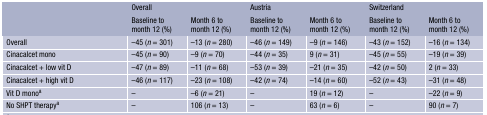
| <ROWSPAN=2>  | <COLSPAN=2> Overall | <COLSPAN=2> Austria | <COLSPAN=2> Switzerland |
 | Baseline to month 12 (%) | Month 6 to month 12 (%) | Baseline to month 12 (%) | Month 6 to month 12 (%) | Baseline to month 12 (%) | Month 6 to month 12 (%) |
 | --- | --- | --- | --- | --- | --- | --- |
 | Overall | −45 (n = 301) | −13 (n = 280) | −46 (n = 149) | −9 (n = 146) | −43 (n = 152) | −16 (n = 134) |
 | Cinacalcet mono | −45 (n = 90) | −9 (n = 70) | −44 (n = 35) | 9 (n = 31) | −45 (n = 55) | −19 (n = 39) |
 | Cinacalcet + low vit D | −47 (n = 89) | −11 (n = 68) | −53 (n = 39) | −21 (n = 35) | −42 (n = 50) | 2 (n = 33) |
 | Cinacalcet + high vit D | −46 (n = 117) | −23 (n = 108) | −42 (n = 74) | −14 (n = 60) | −52 (n = 43) | −31 (n = 48) |
 | Vit D monoa | – | −6 (n = 21) | – | 19 (n = 12) | – | −22 (n = 9) |
 | No SHPT therapya | – | 106 (n = 13) | – | 63 (n = 6) | – | 90 (n = 7) |